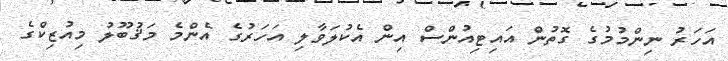
އަހަރު ނިންމުމުގެ ގޮތުން އައިޓިއުންސް އިން އެކުލަވާލި އަހަރުގެ އެންމެ މަޤުބޫލު މިއުޒިކްގެ